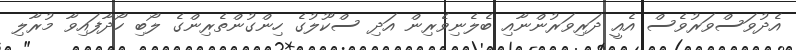
އެދުވަސްވަރުވެސް އެއީ ދަރިވަރުންނާއި ބެލެނިވެރިން އަދި ސްކޫލުގެ ހިންގުންތެރިންގެ ލޯބި ހޯދާފައިވާ މުރާލި